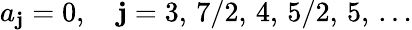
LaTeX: a_{\mathbf{j}}=0,\quad\mathbf{j}=3,\, 7/2,\, 4,\, 5/2,\, 5,\, \ldots